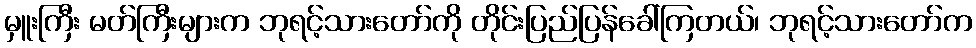
မှူးကြီး မတ်ကြီးများက ဘုရင့်သားတော်ကို တိုင်းပြည်ပြန်ခေါ်ကြတယ်၊ ဘုရင့်သားတော်က